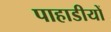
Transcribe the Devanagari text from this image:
पाहाडीयों